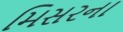
મિસરના